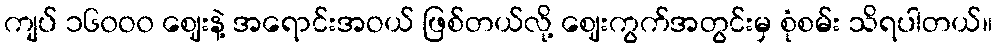
ကျပ် ၁၆၀ဝ၀ ဈေးနဲ့ အရောင်းအဝယ် ဖြစ်တယ်လို့ ဈေးကွက်အတွင်းမှ စုံစမ်း သိရပါတယ်။